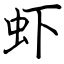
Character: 虾